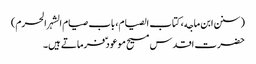
(سنن ابن ماجه، کتاب الصیام، باب صیام الشہر الحرم)
حضرت اقدس مسیح موعود ؑ فرماتے ہیں۔